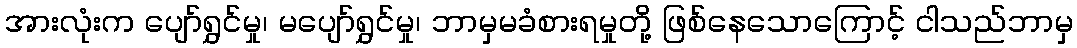
အားလုံးက ပျော်ရွှင်မှု၊ မပျော်ရွှင်မှု၊ ဘာမှမခံစားရမှုတို့ ဖြစ်နေသောကြောင့် ငါသည်ဘာမှ